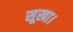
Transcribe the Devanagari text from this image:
सूखा।